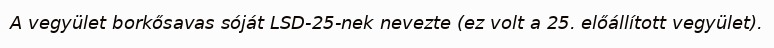
A vegyület borkősavas sóját LSD-25-nek nevezte (ez volt a 25. előállított vegyület).